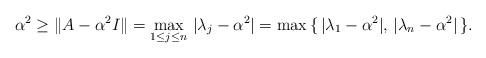
LaTeX: \begin{align*}\alpha^2\geq \|A-\alpha^2 I\| = \max_{1\leq j\leq n}\,|\lambda_j-\alpha^2| =\max\,\{\,|\lambda_1-\alpha^2|,\,|\lambda_n-\alpha^2|\,\}.\end{align*}